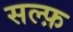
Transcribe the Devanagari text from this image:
सल्फ़